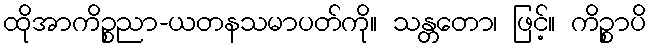
ထိုအာကိဉ္စညာ-ယတနသမာပတ်ကို။ သန္တတော၊ ဖြင့်။ ကိဉ္စာပိ